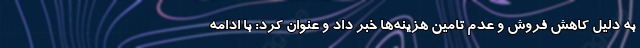
به دلیل کاهش فروش و عدم تامین هزینه‌ها خبر داد و عنوان کرد: با ادامه